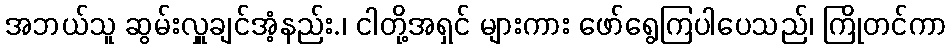
အဘယ်သူ ဆွမ်းလှူချင်အံ့နည်း.၊ ငါတို့အရှင် များကား ဖော်ရွေကြပါပေသည်၊ ကြိုတင်ကာ